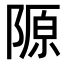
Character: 𨻣